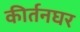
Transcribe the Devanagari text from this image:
कीर्तनघर